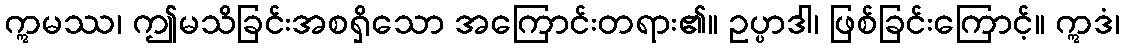
ဣမဿ၊ ဤမသိခြင်းအစရှိသော အကြောင်းတရား၏။ ဥပ္ပာဒါ၊ ဖြစ်ခြင်းကြောင့်။ ဣဒံ၊